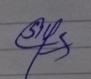
Signature authenticity: genuine